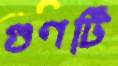
গুণটি